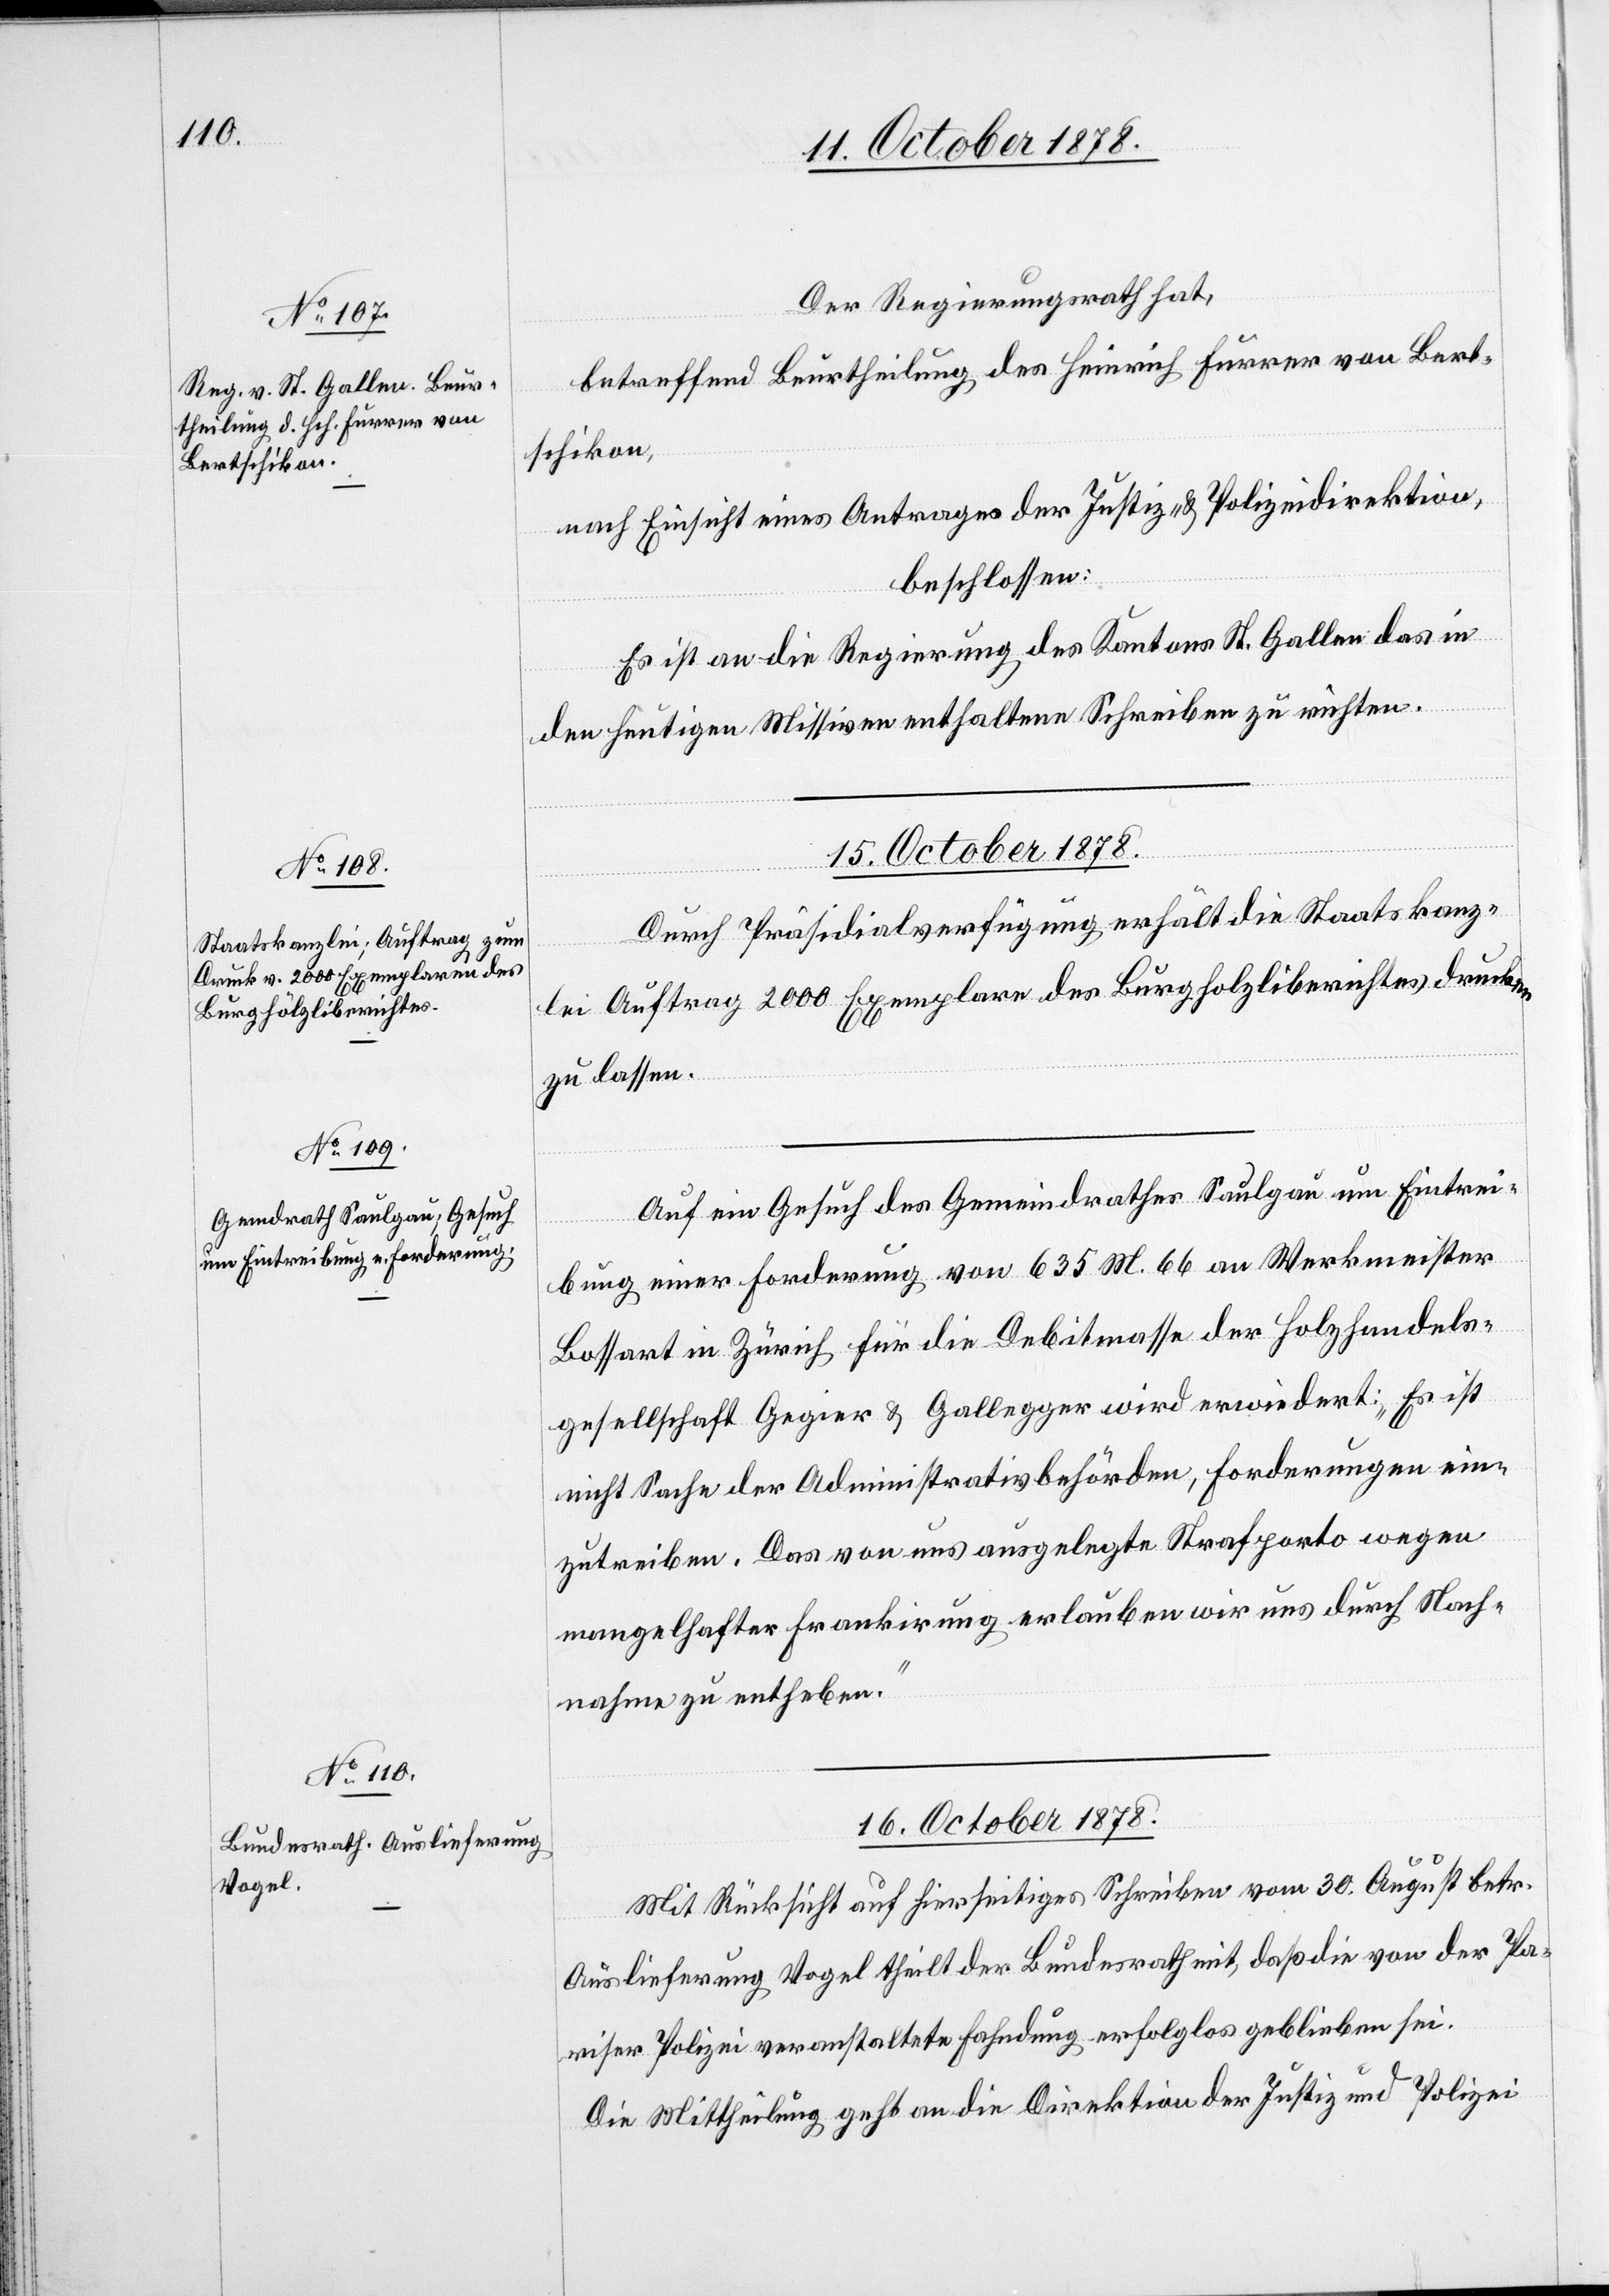
Der Regierungsrath hat,
betreffend Beurtheilung des Heinrich Furrer von Bert¬
schikon,
nach Einsicht eines Antrages der Justiz- & Polizeidirektion,
beschlossen:
Es ist an die Regierung des Kantons St. Gallen das in
den heutigen Missiven enthaltene Schreiben zu richten.
15. October 1878.]
Durch Präsidialverfügung erhält die Staatskanz¬
lei Auftrag 2000 Exemplare des Burghölzliberichtes drucken
zu lassen.
Auf ein Gesuch des Gemeindrathes Saulgau um Eintrei¬
bung einer Forderung von 635 M. 66 an Werkmeister
Bossart in Zürich für die Debitmasse der Holzhandels¬
gesellschaft Gegier & Gallegger wird erwiedert: „Es ist
nicht Sache der Administrativbehörden, Forderung ein¬
zutreiben. Das von uns ausgelegte Strafporto wegen
mangelhafter Frankirung erlauben wir uns durch Nach¬
nahme zu entheben.“
16. October 1878.
Mit Rücksicht auf hierseitiges Schreiben vom 30. August betr.
Auslieferung Vogel theilt der Bundesrath mit, daß die von der Pa¬
riser Polizei veranstaltete Fahndung erfolglos geblieben sei.
Die Mittheilung geht an die Direktion der Justiz & Polizei